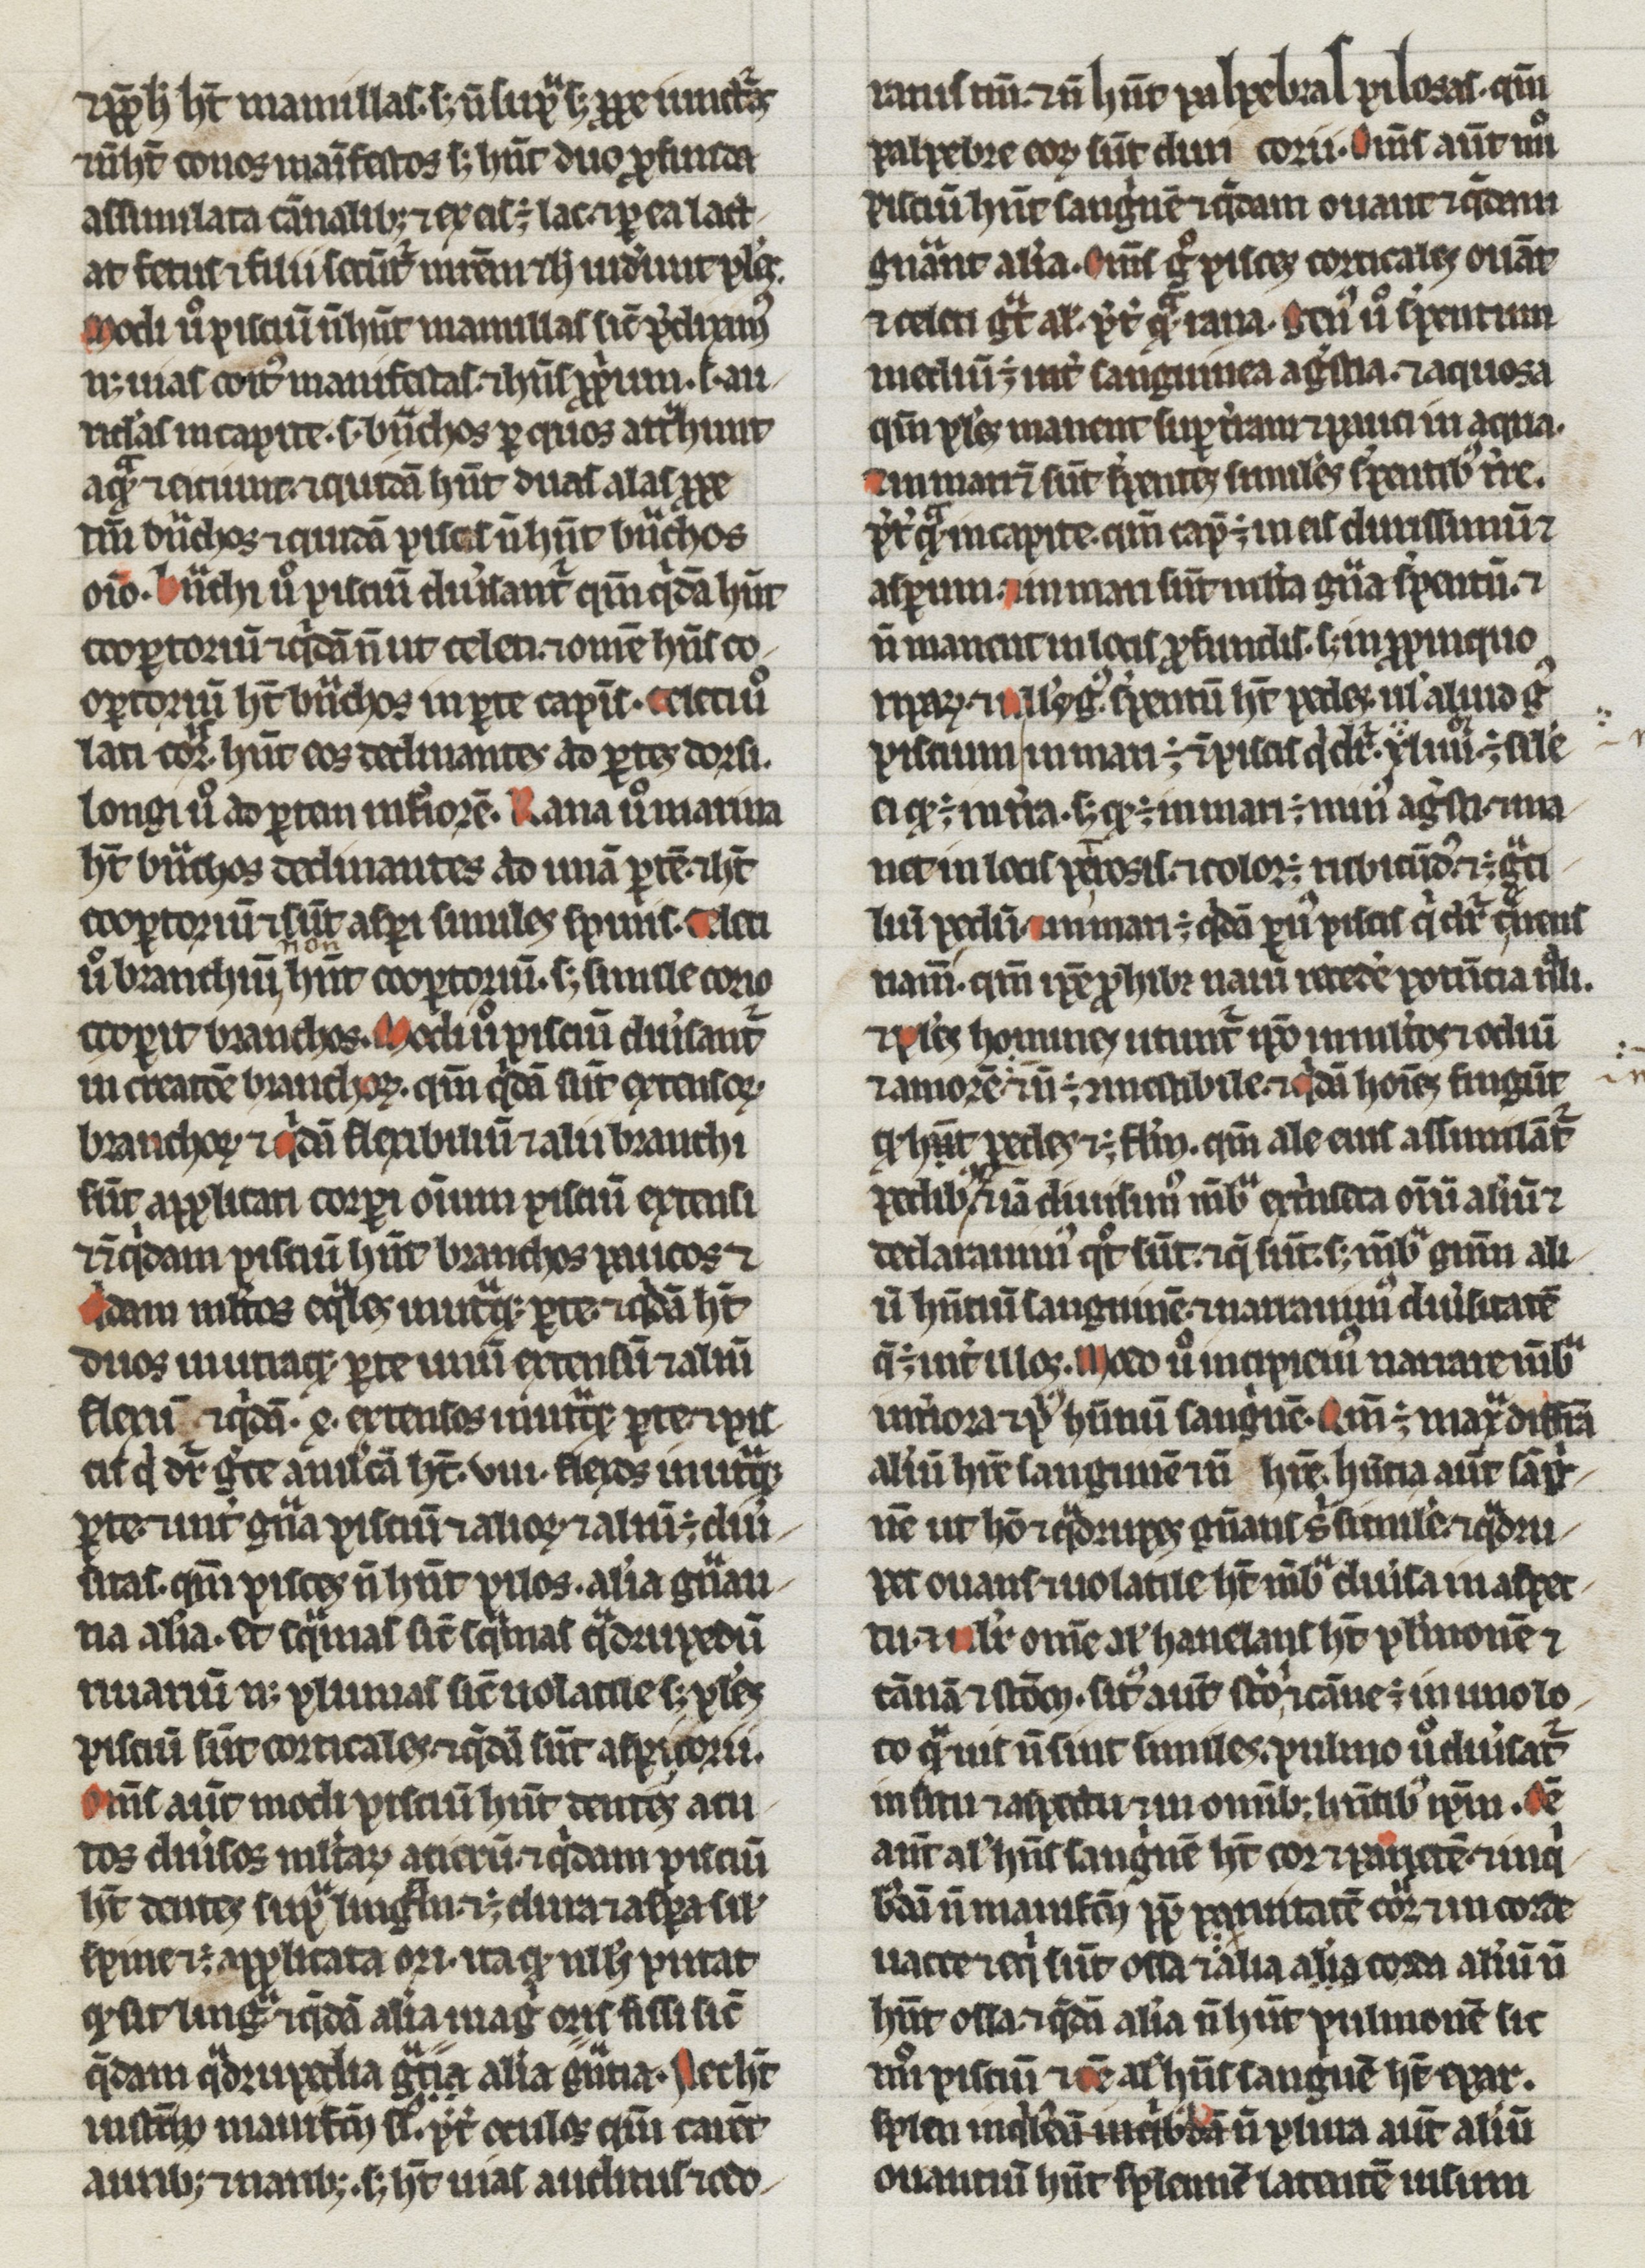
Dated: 1200–1299